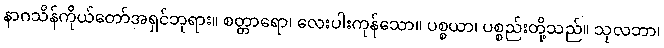
နာဂသိန်ကိုယ်တော်အရှင်ဘုရား။ စတ္တာရော၊ လေးပါးကုန်သော။ ပစ္စယာ၊ ပစ္စည်းတို့သည်။ သုလဘာ၊